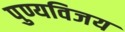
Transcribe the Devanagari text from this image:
पुण्यविजय